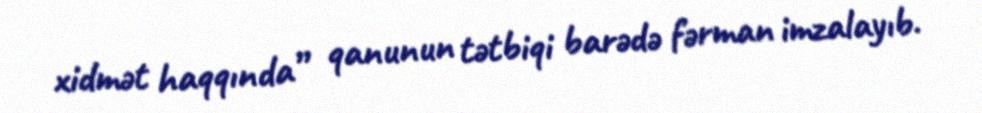
xidmət haqqında” qanunun tətbiqi barədə fərman imzalayıb.